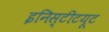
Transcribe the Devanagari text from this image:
इनिस्टीटयूट